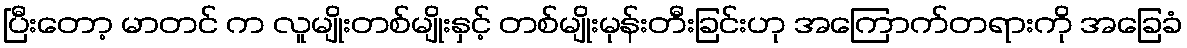
ပြီးတော့ မာတင် က လူမျိုးတစ်မျိုးနှင့် တစ်မျိုးမုန်းတီးခြင်းဟု အကြောက်တရားကို အခြေခံ